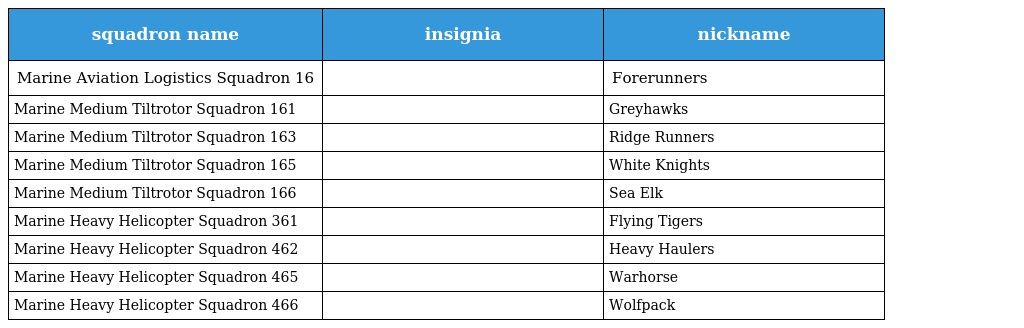
| squadron name | insignia | nickname |
 | --- | --- | --- |
 | Marine Aviation Logistics Squadron 16 |  | Forerunners |
 | Marine Medium Tiltrotor Squadron 161 |  | Greyhawks |
 | Marine Medium Tiltrotor Squadron 163 |  | Ridge Runners |
 | Marine Medium Tiltrotor Squadron 165 |  | White Knights |
 | Marine Medium Tiltrotor Squadron 166 |  | Sea Elk |
 | Marine Heavy Helicopter Squadron 361 |  | Flying Tigers |
 | Marine Heavy Helicopter Squadron 462 |  | Heavy Haulers |
 | Marine Heavy Helicopter Squadron 465 |  | Warhorse |
 | Marine Heavy Helicopter Squadron 466 |  | Wolfpack |